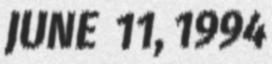
JUNE 11, 1994